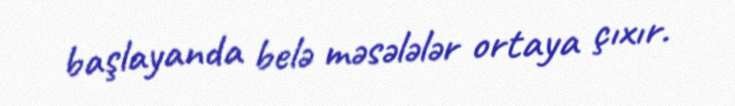
başlayanda belə məsələlər ortaya çıxır.